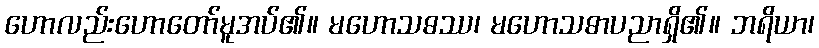
ဟောလည်းဟောတော်မူအပ်၏။ မဟောသဓဿ၊ မဟောသဓာပညာရှိ၏။ ဘရိယာ၊